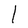
Character: l